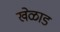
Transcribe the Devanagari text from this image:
खेळाड